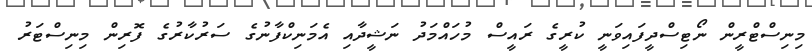
މިނިސްޓްރީން ނޯޓިސްދީފައިވަނީ ކުރީގެ ރައީސް މުހައްމަދު ނަޝީދާއި އެމަނިކްފާނުގެ ސަރުކާރުގެ ފޮރިން މިނިސްޓަރު